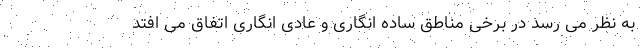
به نظر می رسد در برخی مناطق ساده انگاری و عادی انگاری اتفاق می افتد